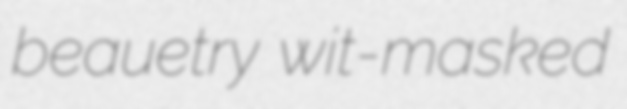
beauetry wit-masked